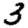
Digit: 3